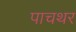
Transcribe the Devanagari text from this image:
पाचथर